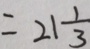
= 2 1 \frac { 1 } { 3 }